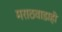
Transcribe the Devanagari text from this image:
मराठवाडाही